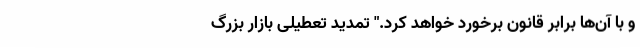
و با آن‌ها برابر قانون برخورد خواهد کرد." تمدید تعطیلی بازار بزرگ